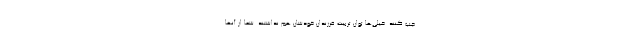
چپ کنند. خیلی‌ها توان تربیت فرزندان خودشان هم نداشتند. شما از آنها